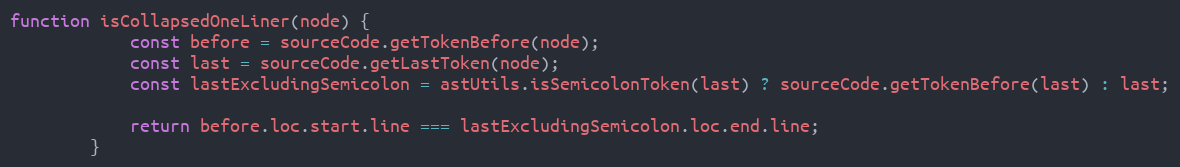
Language: JavaScript
function isCollapsedOneLiner(node) {
            const before = sourceCode.getTokenBefore(node);
            const last = sourceCode.getLastToken(node);
            const lastExcludingSemicolon = astUtils.isSemicolonToken(last) ? sourceCode.getTokenBefore(last) : last;

            return before.loc.start.line === lastExcludingSemicolon.loc.end.line;
        }